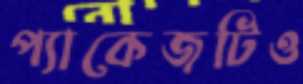
প্যাকেজটিও